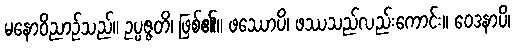
မနောဝိညာဉ်သည်။ ဥပ္ပဇ္ဇတိ၊ ဖြစ်၏။ ဖဿောပိ၊ ဖဿသည်လည်းကောင်း။ ဝေဒနာပိ၊